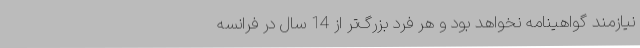
نیازمند گواهینامه نخواهد بود و هر فرد بزرگ‌تر از 14 سال در فرانسه